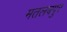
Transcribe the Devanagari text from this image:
मतलबपुर